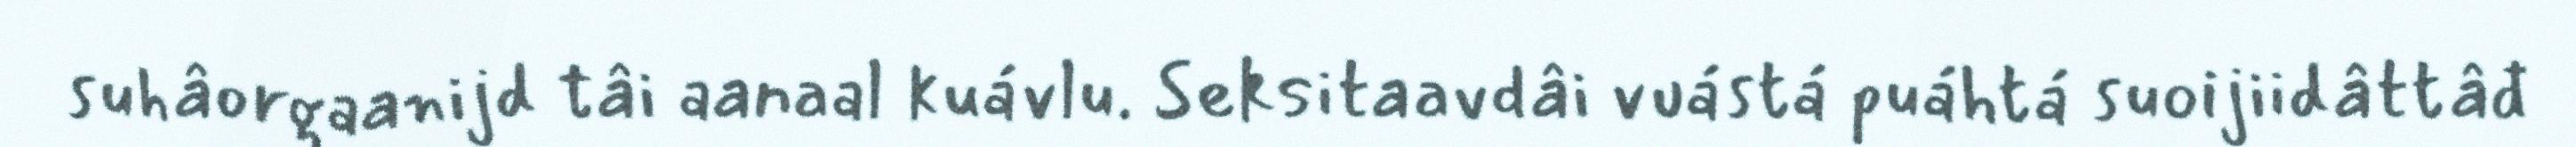
suhâorgaanijd tâi aanaal kuávlu. Seksitaavdâi vuástá puáhtá suoijiidâttâđ